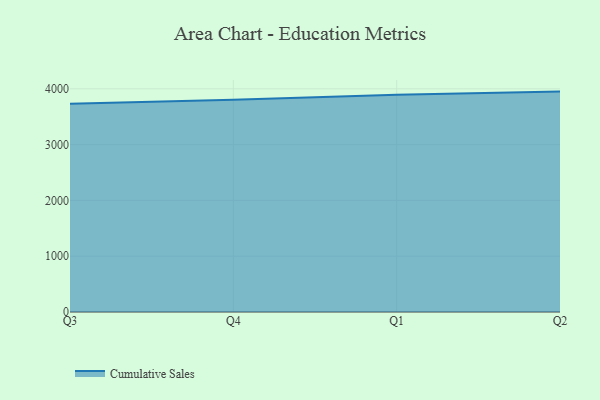
{"axis": {"x": "Quarter", "y": "Inventory Turnover"}, "legend": ["Cumulative Sales"], "data": [{"x": "Q3", "y": 3734.3, "type": "Cumulative Sales"}, {"x": "Q4", "y": 3804.1, "type": "Cumulative Sales"}, {"x": "Q1", "y": 3893.5, "type": "Cumulative Sales"}, {"x": "Q2", "y": 3950.1, "type": "Cumulative Sales"}]}